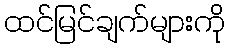
ထင်မြင်ချက်များကို